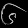
Digit: ၆